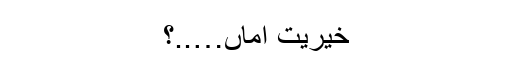
خیریت اماں…..؟